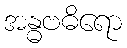
အန္ဓဗဓိရော